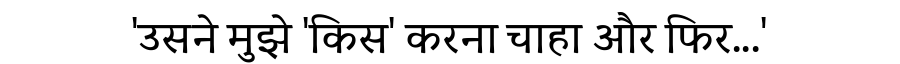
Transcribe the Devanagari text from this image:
'उसने मुझे 'किस' करना चाहा और फिर...'